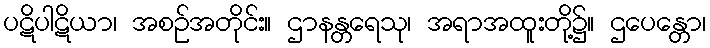
ပဋိပါဋိယာ၊ အစဉ်အတိုင်း။ ဌာနန္တရေသု၊ အရာအထူးတို့၌။ ဌပေန္တော၊